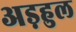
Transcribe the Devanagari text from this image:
अड़हुल